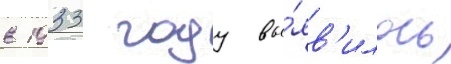
в 1933 году вы́яв'илось